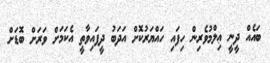
ބައެއް ދީނީ ޢިލްމުވެރިން ހިފައި ހައްޔަރުކޮށް އަދަބު ދީފައިވާތީ އެކަމަށް ވަރަށް ބޮޑަށް